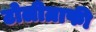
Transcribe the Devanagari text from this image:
टोलीग्राफी